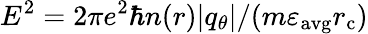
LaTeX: E^{2}=2\pi e^{2}\hbar n(r)|q_{\theta}|/(m\varepsilon_{\mathrm{avg}}r_{\mathrm{c}})